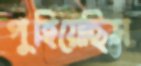
পুহিয়েছিস